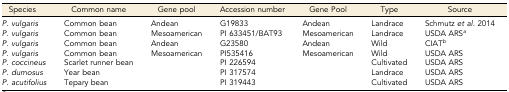
| Species | Common name | Gene pool | Accession number | Gene Pool | Type | Source |
 | --- | --- | --- | --- | --- | --- | --- |
 | P. vulgaris | Common bean | Andean | G19833 | Andean | Landrace | Schmutz et al. 2014 |
 | P. vulgaris | Common bean | Mesoamerican | PI 633451/BAT93 | Mesoamerican | Landrace | USDA ARSa |
 | P. vulgaris | Common bean | Andean | G23580 | Andean | Wild | CIATb |
 | P. vulgaris | Common bean | Mesoamerican | PI535416 | Mesoamerican | Wild | USDA ARS |
 | P. coccineus | Scarlet runner bean |  | PI 226594 |  | Cultivated | USDA ARS |
 | P. dumosus | Year bean |  | PI 317574 |  | Landrace | USDA ARS |
 | P. acutifolius | Tepary bean |  | PI 319443 |  | Cultivated | USDA ARS |